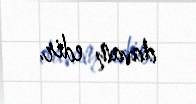
davam edir.